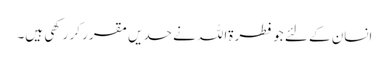
انسان کے لئے جو فطرۃاللہ نے حدیں مقرر کر رکھی ہیں۔